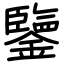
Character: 鑒